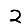
Digit: 2